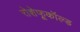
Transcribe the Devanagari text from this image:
रोशेफूकॉल्ड